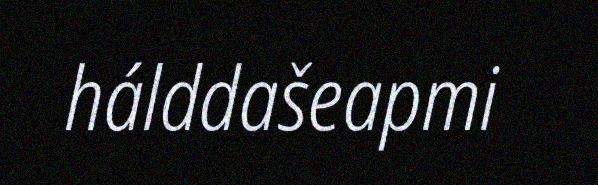
hálddašeapmi